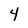
Character: 4